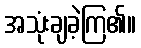
အသုံးချခဲ့ကြ၏။